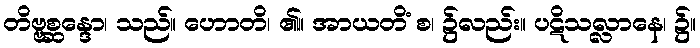
တိဗ္ဗစ္ဆန္ဒော၊ သည်။ ဟောတိ၊ ၏။ အာယတိံ စ၊ ၌လည်း။ ပဋိသလ္လာနေ၊ ၌။